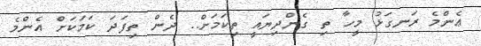
ޢެންމެ ރަނގަޅު މީހާ ތި ގެންދިޔައީ ތިކަމަށް.. ދެން ތިފަދަ ކަމަކަށް އެންމެ